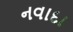
નવાદા